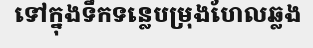
ទៅក្នុងទឹកទន្លេបម្រុងហែលឆ្លង